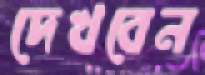
দেখবেন